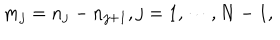
LaTeX: m _ { j } = n _ { j } - n _ { j + 1 } , j = 1 , \cdots , N - 1 ,